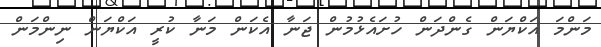
މަންމަ އަކްޔަން ގެންދަން ހުށައެޅުމުން ޖަނާ އެކަން މަނާ ކުރީ އަކްޔަން ނިންމަން